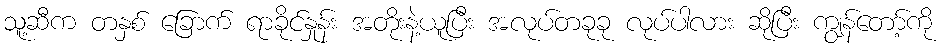
သူ့ဆီက တနှစ် ခြောက် ရာခိုင်နှုန်း အတိုးနဲ့ယူပြီး အလုပ်တခုခု လုပ်ပါလား ဆိုပြီး ကျွန်တော့်ကို